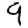
Digit: 9